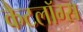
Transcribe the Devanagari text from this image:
कैटलॉग्स